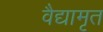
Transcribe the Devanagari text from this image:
वैद्यामृत